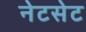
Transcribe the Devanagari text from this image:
नेटसेट